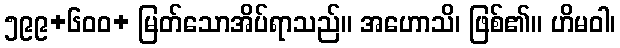
၅၉၉+၆၀၀+ မြတ်သောအိပ်ရာသည်။ အဟောသိ၊ ဖြစ်၏။ ဟိမဝါ၊